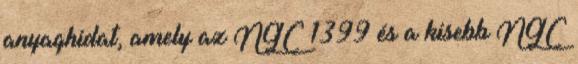
anyaghidat, amely az NGC 1399 és a kisebb NGC